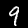
Digit: 9